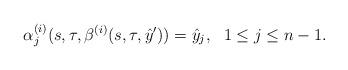
LaTeX: \begin{align*}\alpha_j^{(i)}(s,\tau,\beta^{(i)}(s,\tau,\hat y'))=\hat y_j,\ \ 1\leq j\leq n-1.\end{align*}